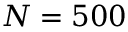
N = 5 0 0